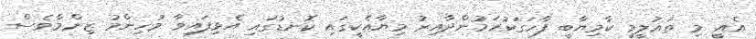
އެއީ މި ތަޢުލީމީ ކާމިޔާބީ ފާހަގަކުރަމުންދާއިރު މިޔާއެކީގައި ކޮނޑުގައި އެޅިފައިވާ މުހިންމު ޒިންމާވެސް